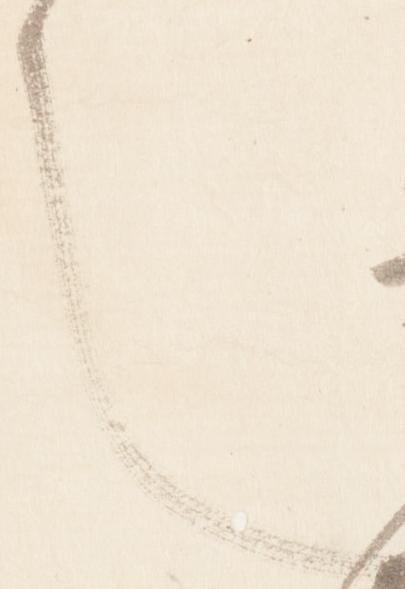
也